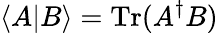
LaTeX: {\langle A|B\rangle=\operatorname{Tr}(A^{\dagger}B)}